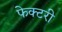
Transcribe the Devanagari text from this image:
फेक्टरी